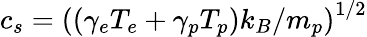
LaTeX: c_{s}={((\gamma_{e}T_{e}+\gamma_{p}T_{p})k_{B}/m_{p})}^{1/2}